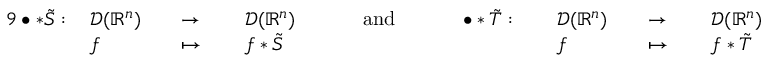
{ \begin{array} { r l r l r l r l r l r l r l r l } { { 9 } \bullet \ast { \tilde { S } } : \, } & { { \mathcal { D } } ( \mathbb { R } ^ { n } ) } & & { \to \, } & & { { \mathcal { D } } ( \mathbb { R } ^ { n } ) } & & { \quad { \mathrm { ~ a n d ~ } } \quad } & & { \bullet \ast { \tilde { T } } : \, } & & { { \mathcal { D } } ( \mathbb { R } ^ { n } ) } & & { \to \, } & & { { \mathcal { D } } ( \mathbb { R } ^ { n } ) } \\ & { f } & & { \mapsto \, } & & { f \ast { \tilde { S } } } & & { } & & { } & & { f } & & { \mapsto \, } & & { f \ast { \tilde { T } } } \end{array} }